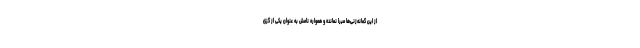
از این گمانه‌زنی‌ها مبرا نمانده و همواره نامش به عنوان یکی از گزی